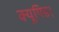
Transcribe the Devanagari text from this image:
क्यूपिड।